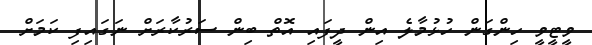
ވީޓީވީ ހިންގަން ހުޅުމާލެ އިން ދީފައި އޮތް ބިން ސަރުކާރަށް ނަގައިފި ކަމަށް